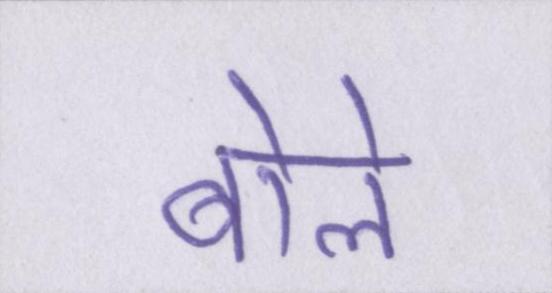
बोले